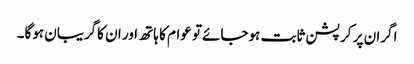
اگران پر کرپشن ثابت ہوجائےتو عوام کا ہاتھ اور ان کاگریبان ہوگا۔